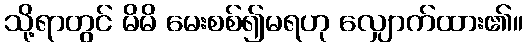
သို့ရာတွင် မိမိ မေးစစ်၍မရဟု လျှောက်ထား၏။